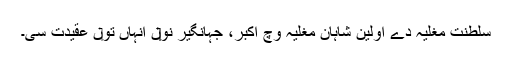
سلطنت مغلیہ دے اولین شاہانِ مغلیہ وچ اکبر، جہانگیر نو‏‏ں اُنہاں تو‏ں عقیدت سی۔